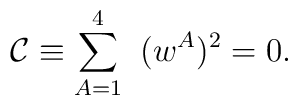
\mathcal{C} \equiv \sum_{A=1}^{4}\;\; (w^A)^2 =0.